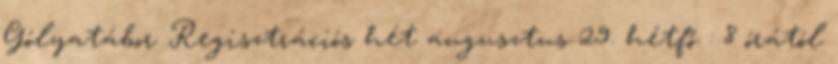
Gólyatábor Regisztrációs hét augusztus 29. hétfő : 8 órától